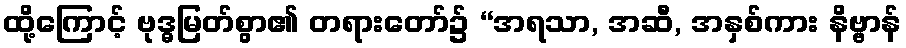
ထို့ကြောင့် ဗုဒ္ဓမြတ်စွာ၏ တရားတော်၌ “အရသာ, အဆီ, အနှစ်ကား နိဗ္ဗာန်